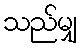
သည်မျှ